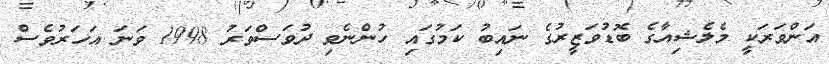
އަންވަރަކީ މެލެޝިއާގެ ބޮޑުވަޒީރުގެ ނައިބު ކަމުގައި ހުންނެވި ދުވަސްވަރު 1998 ވަނަ އަހަރުވެސް